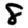
Digit: 8